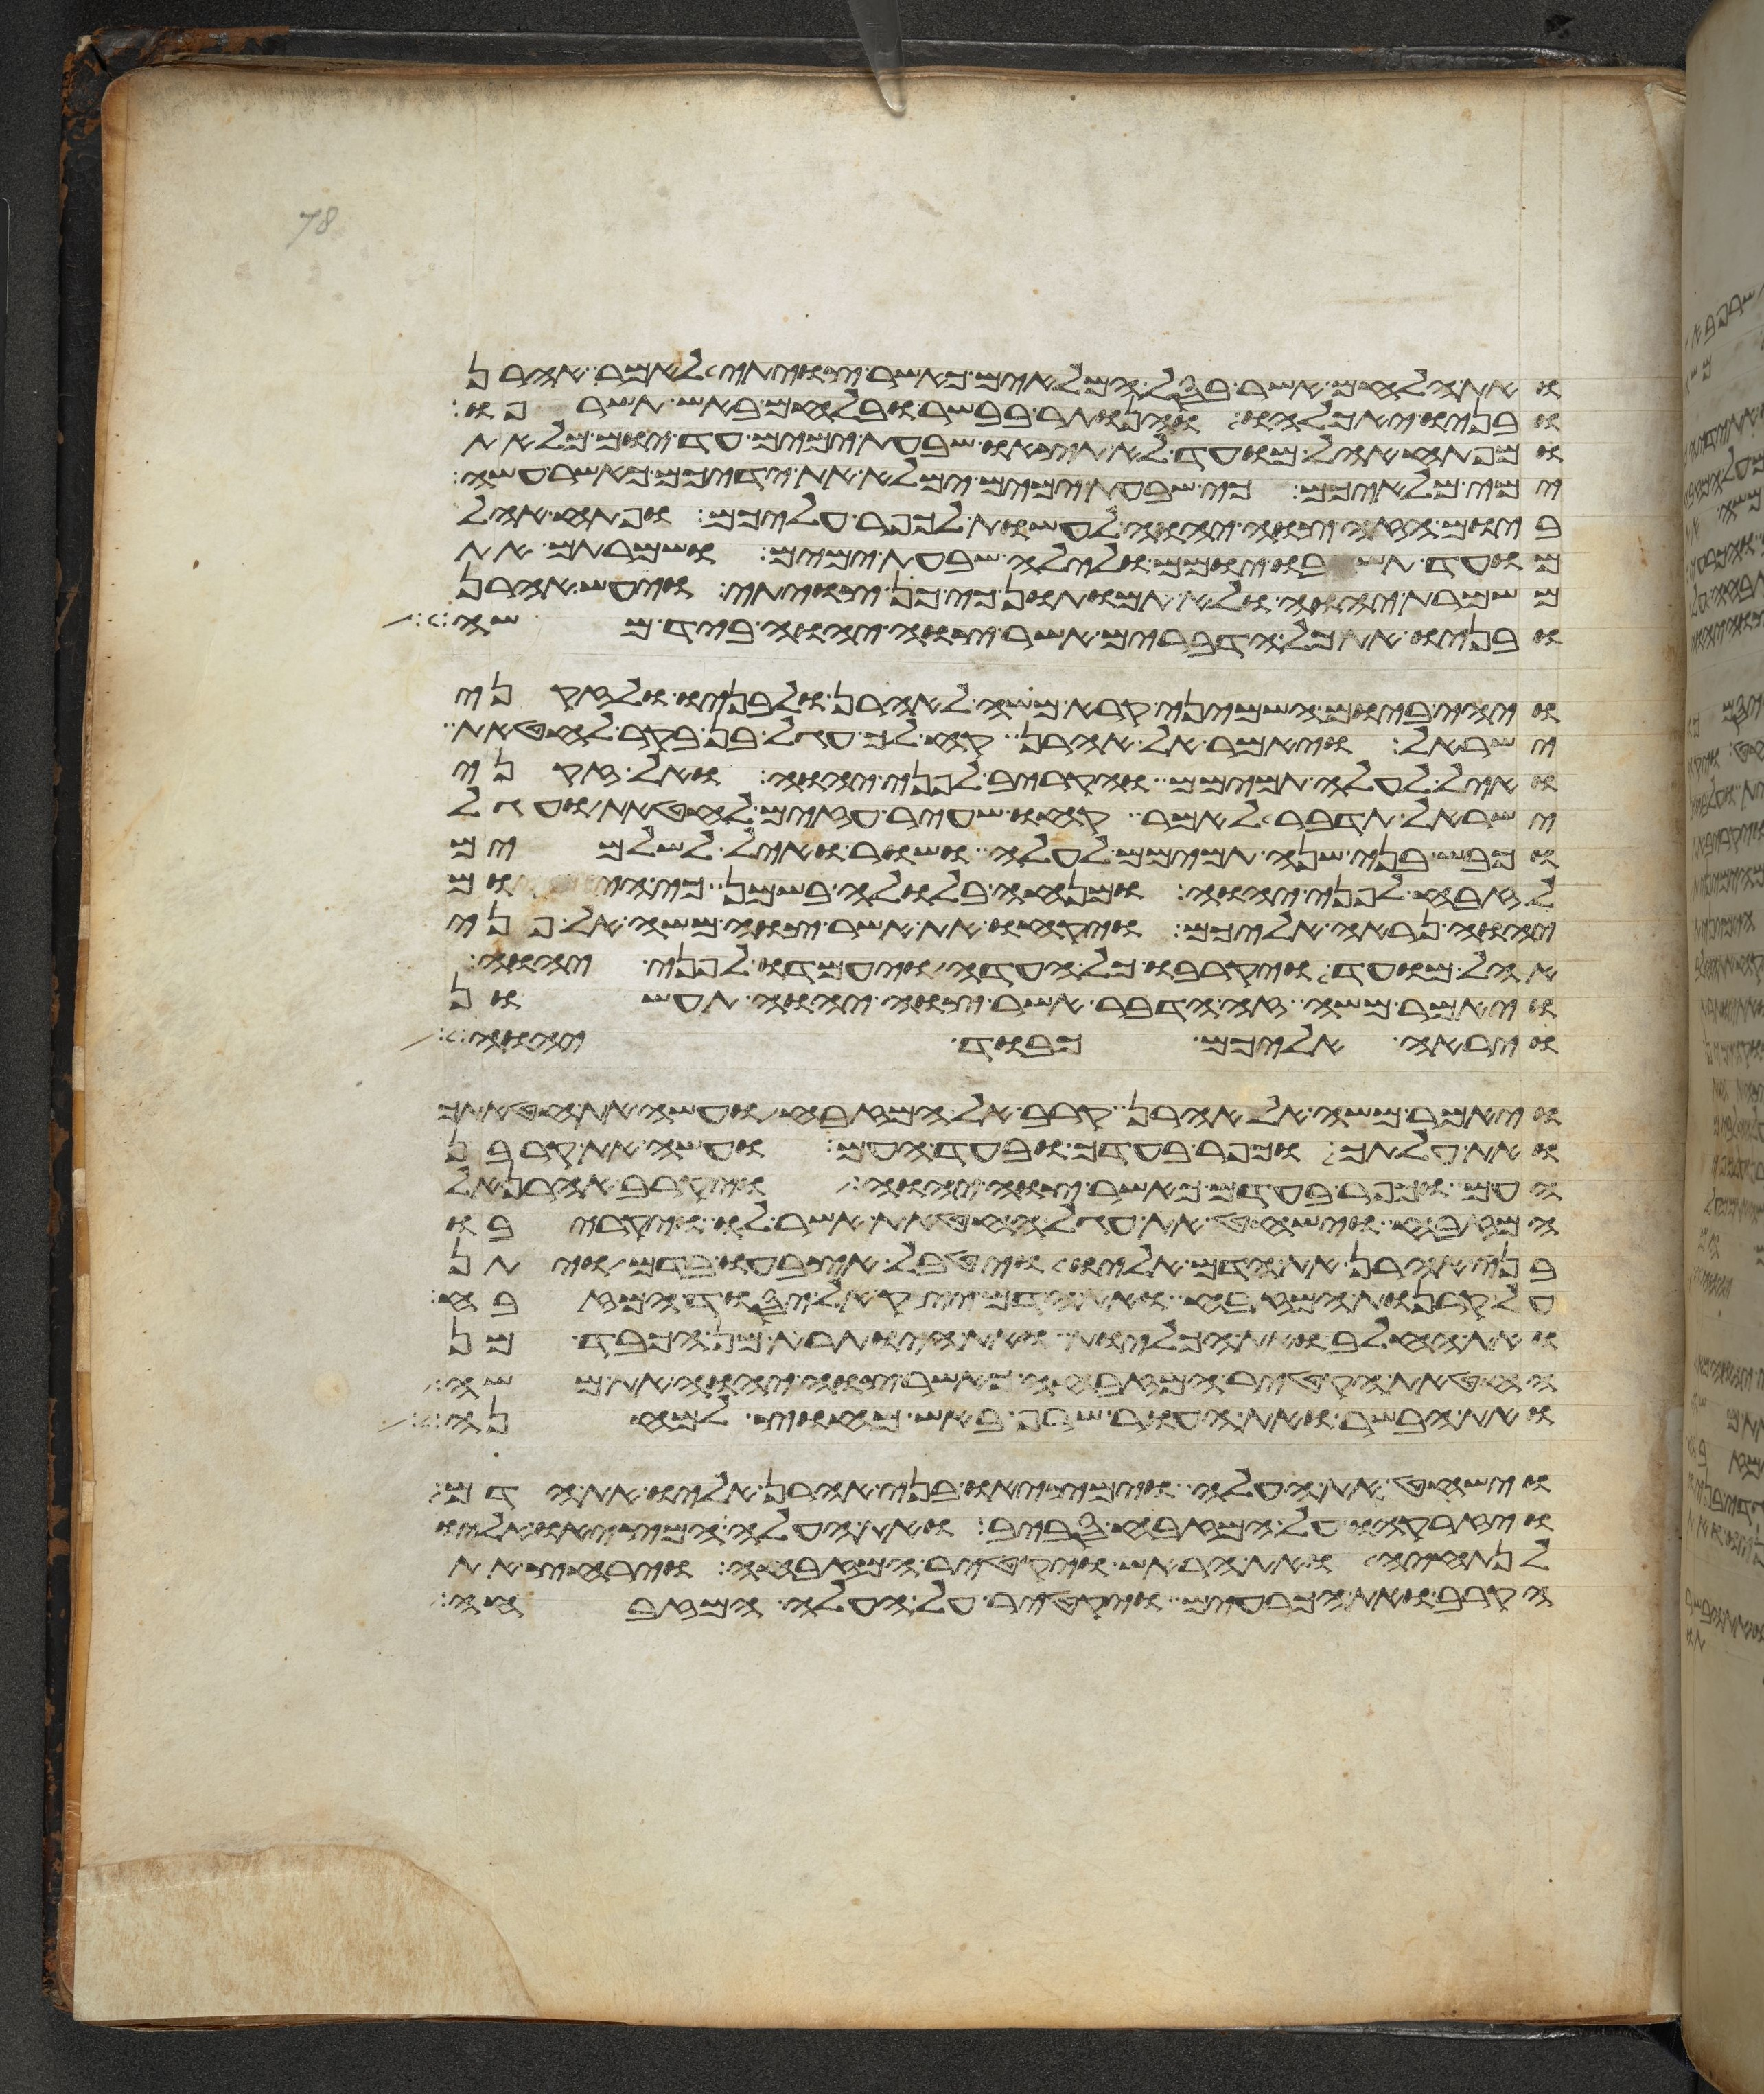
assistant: ואת הלחם אשר בסל המלאים כאשר צויתי לאמר אהרן
ובניו יאכלהו והנותר בבשר ובלחם באש תשרפו
ומפתח אהל מועד לא תצאו שבעת ימים עד יום מלאת
ימי מלאיכם כי שבעת ימים ימלא את ידיכם כאשר עשה
ביום הזה צוה יהוה לעשות לכפר עליכם ופתח אהל
מועד תשבו יומם ולילה שבעת ימים ושמרתם את
משמרת יהוה ולא תמותו כי כן צויתי ויעש אהרן
ובניו את כל הדברים אשר צוה יהוה ביד משה
ויהי ביום השמיני קרא משה לאהרן ולבניו ולזקני
ישראל ויאמר אל אהרן קח לך עגל בן בקר לחטאת
ואיל לעלה תמימם והקריב לפני יהוה ואל זקני
ישראל תדבר לאמר קחו שעיר עזים לחטאת ועגל
וכבש בני שנה תמימם לעלה ושור ואיל לשלמים
לזבח לפני יהוה ומנחה בלולה בשמן כי היום
יהוה נראה אליכם ויקחו את אשר צוה משה אל פני
אהל מועד ויקרבו כל העדה ויעמדו לפני יהוה
ויאמר משה זה הדבר אשר צוה יהוה תעשון
ויראה אליכם כבוד יהוה
ויאמר משה אל אהרן קרב אל המזבח ועשה את חטאתך
ואת עלתך וכפר בעדך ובעד העם ועשה את קרבן
העם וכפר בעדם כאשר צוה יהוה ויקרב אהרן אל
המזבח וישחט את עגל החטאת אשר לו ויקריבו
בני אהרן את הדם אליו ויטבל אצבעו בדם ויתן
על קרנות המזבח ואת הדם יצק אל יסוד המזבח
ואת החלב ואת הכליות ואת היותרת מן הכבד מן
החטאת הקטיר המזבחה כאשר צוה יהוה את משה
ואת הבשר ואת העור שרף באש מחוץ למחנה
וישחט את העלה וימציאו בני אהרן אליו את הדם
ויזרקהו על המזבח סביב ואת העלה המציאו אליו
לנתחיה ואת הראש ויקטר המזבחה וירחץ את
הקרב ואת הכרעים ויקטר על העלה המזבחה